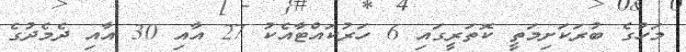
މަހުގެ ބުރަކަށިމަތީ ކޮތަރީގައި 6 ހަރުކައްޓާއެކު 27 އާއި 30 އާއި ދެމެދުގެ